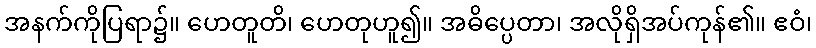
အနက်ကိုပြရာ၌။ ဟေတူတိ၊ ဟေတုဟူ၍။ အဓိပ္ပေတာ၊ အလိုရှိအပ်ကုန်၏။ ဧဝံ၊